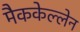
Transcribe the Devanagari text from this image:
मैककेल्लेन